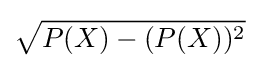
{\sqrt {P(X)-(P(X))^{2}}}